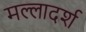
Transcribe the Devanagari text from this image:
मल्लादर्श